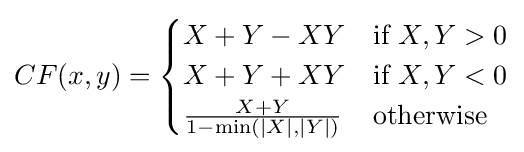
CF(x,y)={\begin{cases}X+Y-XY&{\text{if }}X,Y>0\\X+Y+XY&{\text{if }}X,Y<0\\{\frac {X+Y}{1-\min(|X|,|Y|)}}&{\text{otherwise}}\end{cases}}